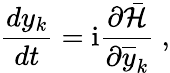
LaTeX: \frac{dy_{k}}{dt}=\mathrm{i}\frac{\partial\bar{\mathcal{H}}}{\partial\overline{{y}}_{k}}\ ,